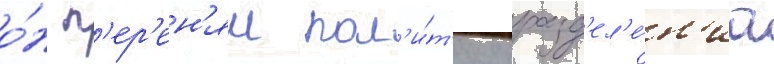
о́н п'ер'ен'ял пол'и́т'ику разд'ел'е́н'иа